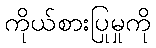
ကိုယ်စားပြုမှုကို